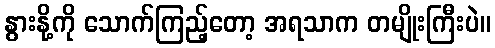
နွားနို့ကို သောက်ကြည့်တော့ အရသာက တမျိုးကြီးပဲ။